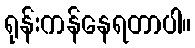
ရုန်းကန်နေရတာပါ။